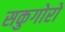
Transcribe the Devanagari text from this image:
सकुगोरो